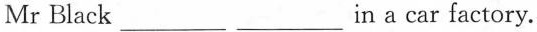
Mr Black___ ___ in a car factory.